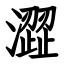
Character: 澀